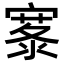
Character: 𪧣